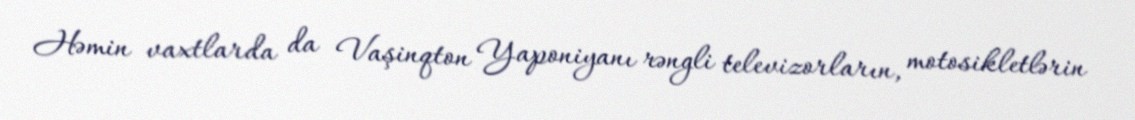
Həmin vaxtlarda da Vaşinqton Yaponiyanı rəngli televizorların, motosikletlərin